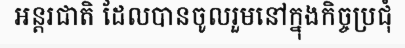
អន្តរជាតិ ដែលបានចូលរួមនៅក្នុងកិច្ចប្រជុំ